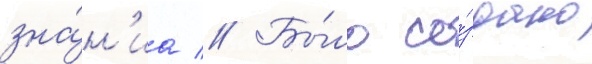
зна́н'иа // Бы́ло со́здано